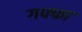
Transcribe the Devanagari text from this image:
गफ्फा